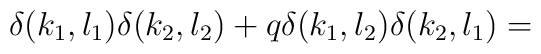
\delta(k_1,l_1)\delta(k_2,l_2)+q \delta(k_1,l_2)\delta(k_2,l_1)   =